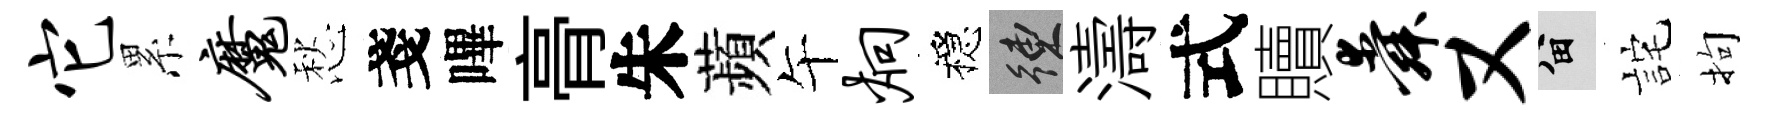
它累魔愁戔嗶𮌔朱蘋午炯穩練濤式贖舜又留詫拘